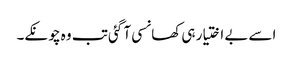
اسے بے اختیار ہی کھانسی آ گئی تب وہ چونکے۔